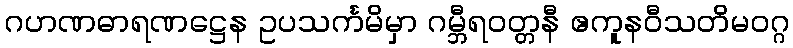
ဂဟဏဓာရဏဋ္ဌေန ဥပသင်္ကမိမှာ ဂမ္ဘီရဝတ္တနီ ဧကူနဝီသတိမဝဂ္ဂ